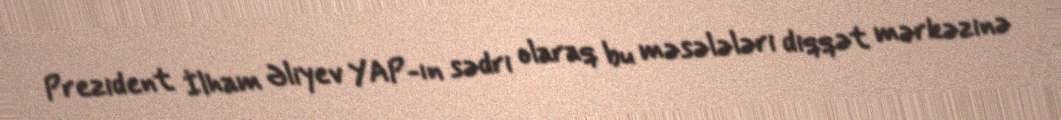
Prezident İlham Əliyev YAP-ın sədri olaraq bu məsələləri diqqət mərkəzinə